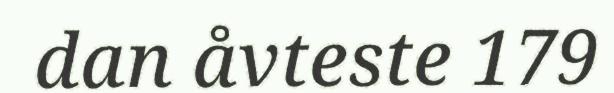
dan åvteste 179